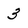
Character: 3